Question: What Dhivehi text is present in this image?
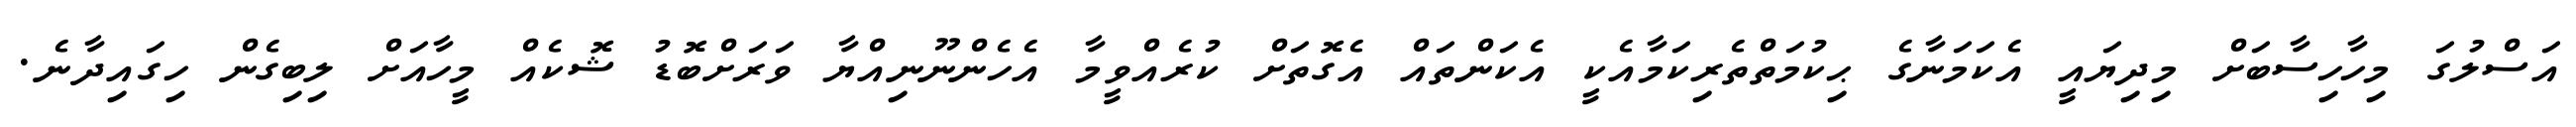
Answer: އަސްލުގަ މިހާހިސާބަށް މިދިޔައީ އެކަމަނާގެ ޙިކުމަތްތެރިކަމާއެކީ އެކަންތައް އެގޮތަށް ކުރެއްވީމާ އެހެންނޫނިއްޔާ ވަރަށްބޮޑު ޝޮކެއް މީހާއަށް ލިބިގެން ހިގައިދާނެ.